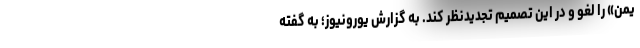
یمن» را لغو و در این تصمیم تجدیدنظر کند. به گزارش یورونیوز؛ به گفته